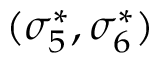
( \sigma _ { 5 } ^ { * } , \sigma _ { 6 } ^ { * } )